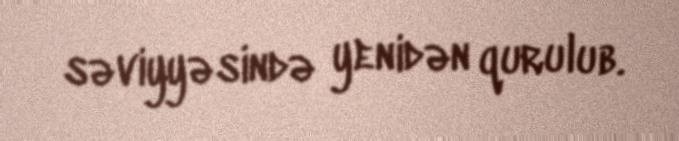
səviyyəsində yenidən qurulub.